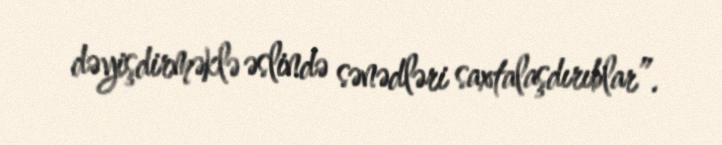
dəyişdirməklə əslində sənədləri saxtalaşdırıblar”.